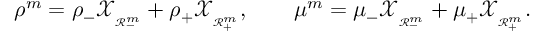
\rho ^ { m } = \rho _ { - } \mathscr { X } _ { _ { \mathscr { R } _ { - } ^ { m } } } + \rho _ { + } \mathscr { X } _ { _ { \mathscr { R } _ { + } ^ { m } } } , \qquad \mu ^ { m } = \mu _ { - } \mathscr { X } _ { _ { \mathscr { R } _ { - } ^ { m } } } + \mu _ { + } \mathscr { X } _ { _ { \mathscr { R } _ { + } ^ { m } } } .